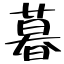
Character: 暮